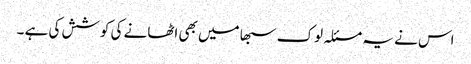
اس نے یہ مسئلہ لوک سبھا میں بھی اٹھانے کی کوشش کی ہے ۔